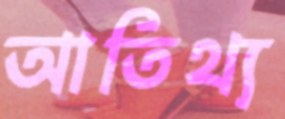
আতিথ্য